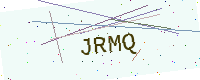
Text: JRMQ